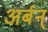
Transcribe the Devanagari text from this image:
अर्बन्